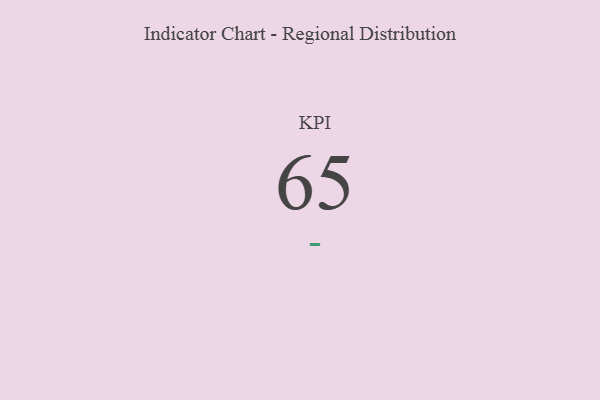
{"axis": {"x": "KPI", "y": "Value"}, "legend": [""], "data": [{"x": "KPI", "y": 65, "type": ""}]}